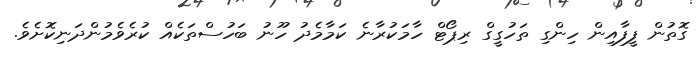
ގޮތުން ފީފާއިން ހިންގި ތަހުގީގް ރިޕޯޓް ހާމަކުރާނެ ކަމާމެދު ހޫނު ބަހުސްތަކެއް ކުރެވެމުންދަނިކޮށެވެ.